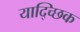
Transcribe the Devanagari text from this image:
याद्च्छिक